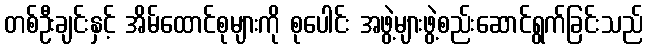
တစ်ဦးချင်းနှင့် အိမ်ထောင်စုများကို စုပေါင်း အဖွဲ့များဖွဲ့စည်းဆောင်ရွက်ခြင်းသည်